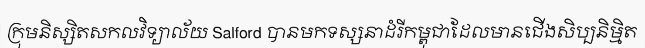
ក្រុមនិស្សិតសកលវិទ្យាល័យ Salford បានមកទស្សនាដំរីកម្ពុជាដែលមានជើងសិប្បនិម្មិត